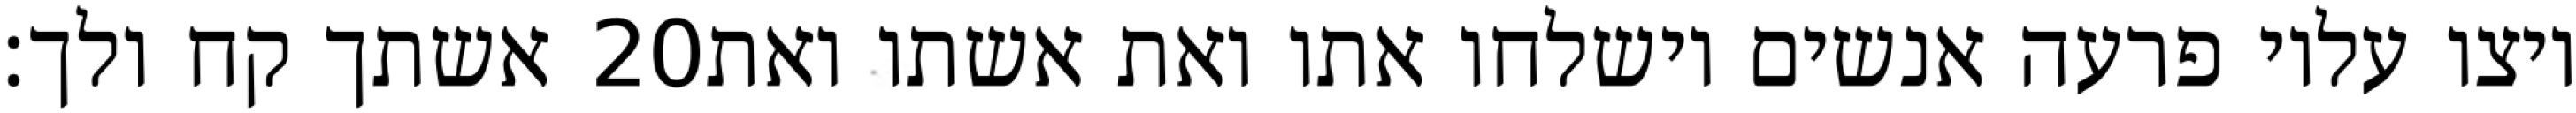
אשתך קח ולך׃ ‎20‏ ויצו עליו פרעה אנשים וישלחו אתו ואת אשתו ואת